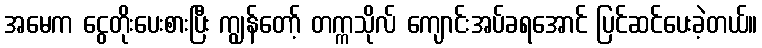
အမေက ငွေတိုးပေးစားပြီး ကျွန်တော့် တက္ကသိုလ် ကျောင်းအပ်ခရအောင် ပြင်ဆင်ပေးခဲ့တယ်။